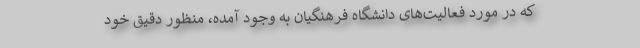
که در مورد فعالیت‌های دانشگاه فرهنگیان به وجود آمده، منظور دقیق خود